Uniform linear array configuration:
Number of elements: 32
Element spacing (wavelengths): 0.75
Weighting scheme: cosine
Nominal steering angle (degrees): -15
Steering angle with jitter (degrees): -16.225
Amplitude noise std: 0.05
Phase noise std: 0.05

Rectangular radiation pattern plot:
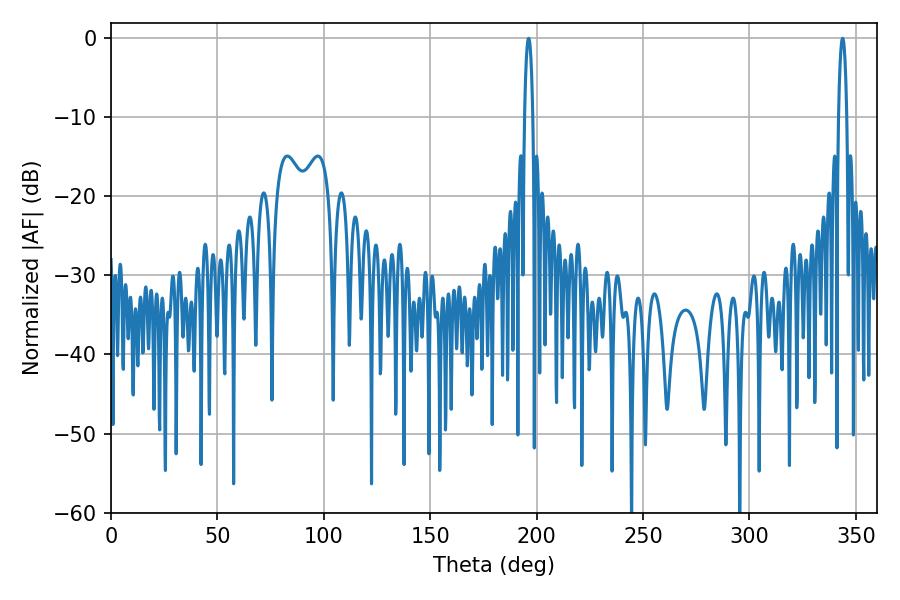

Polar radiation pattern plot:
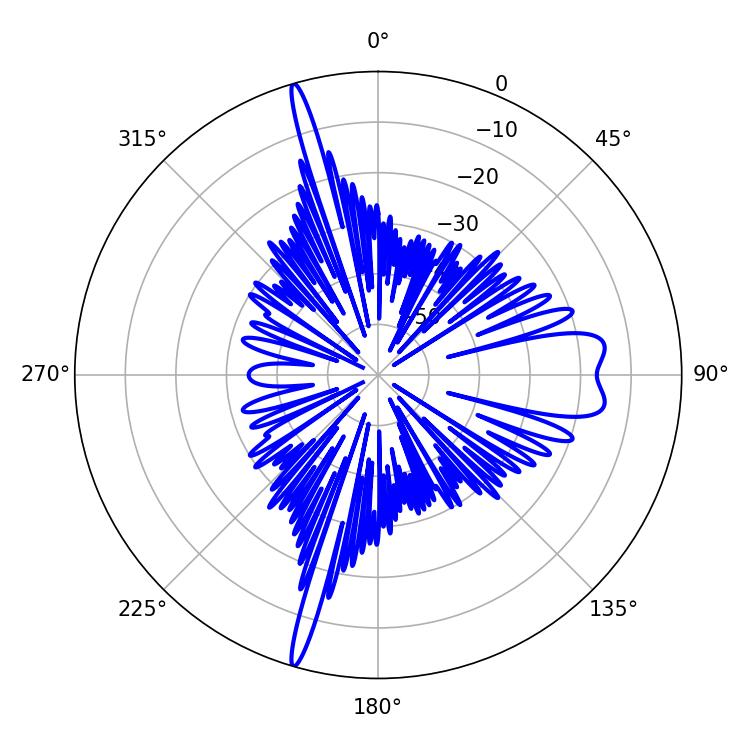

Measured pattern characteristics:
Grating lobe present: TRUE
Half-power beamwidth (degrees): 2.16
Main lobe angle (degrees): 196.2